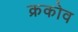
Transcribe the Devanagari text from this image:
क्रकोव